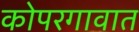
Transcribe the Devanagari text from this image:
कोपरगावात